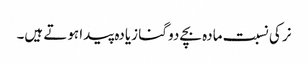
نر کی نسبت مادہ بچے دو گنا زیادہ پیدا ہوتے ہیں۔